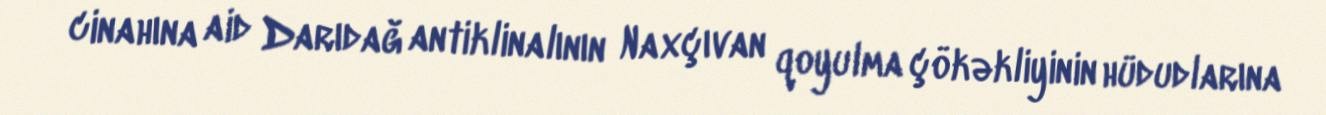
cinahına aid Darıdağ antiklinalının Naxçıvan qoyulma çökəkliyinin hüdudlarına